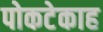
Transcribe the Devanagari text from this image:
पोकटेकाह